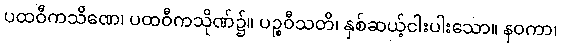
ပထဝီကသိဏေ၊ ပထဝီကသိုဏ်၌။ ပဉ္စဝီသတိ၊ နှစ်ဆယ့်ငါးပါးသော။ နဝကာ၊